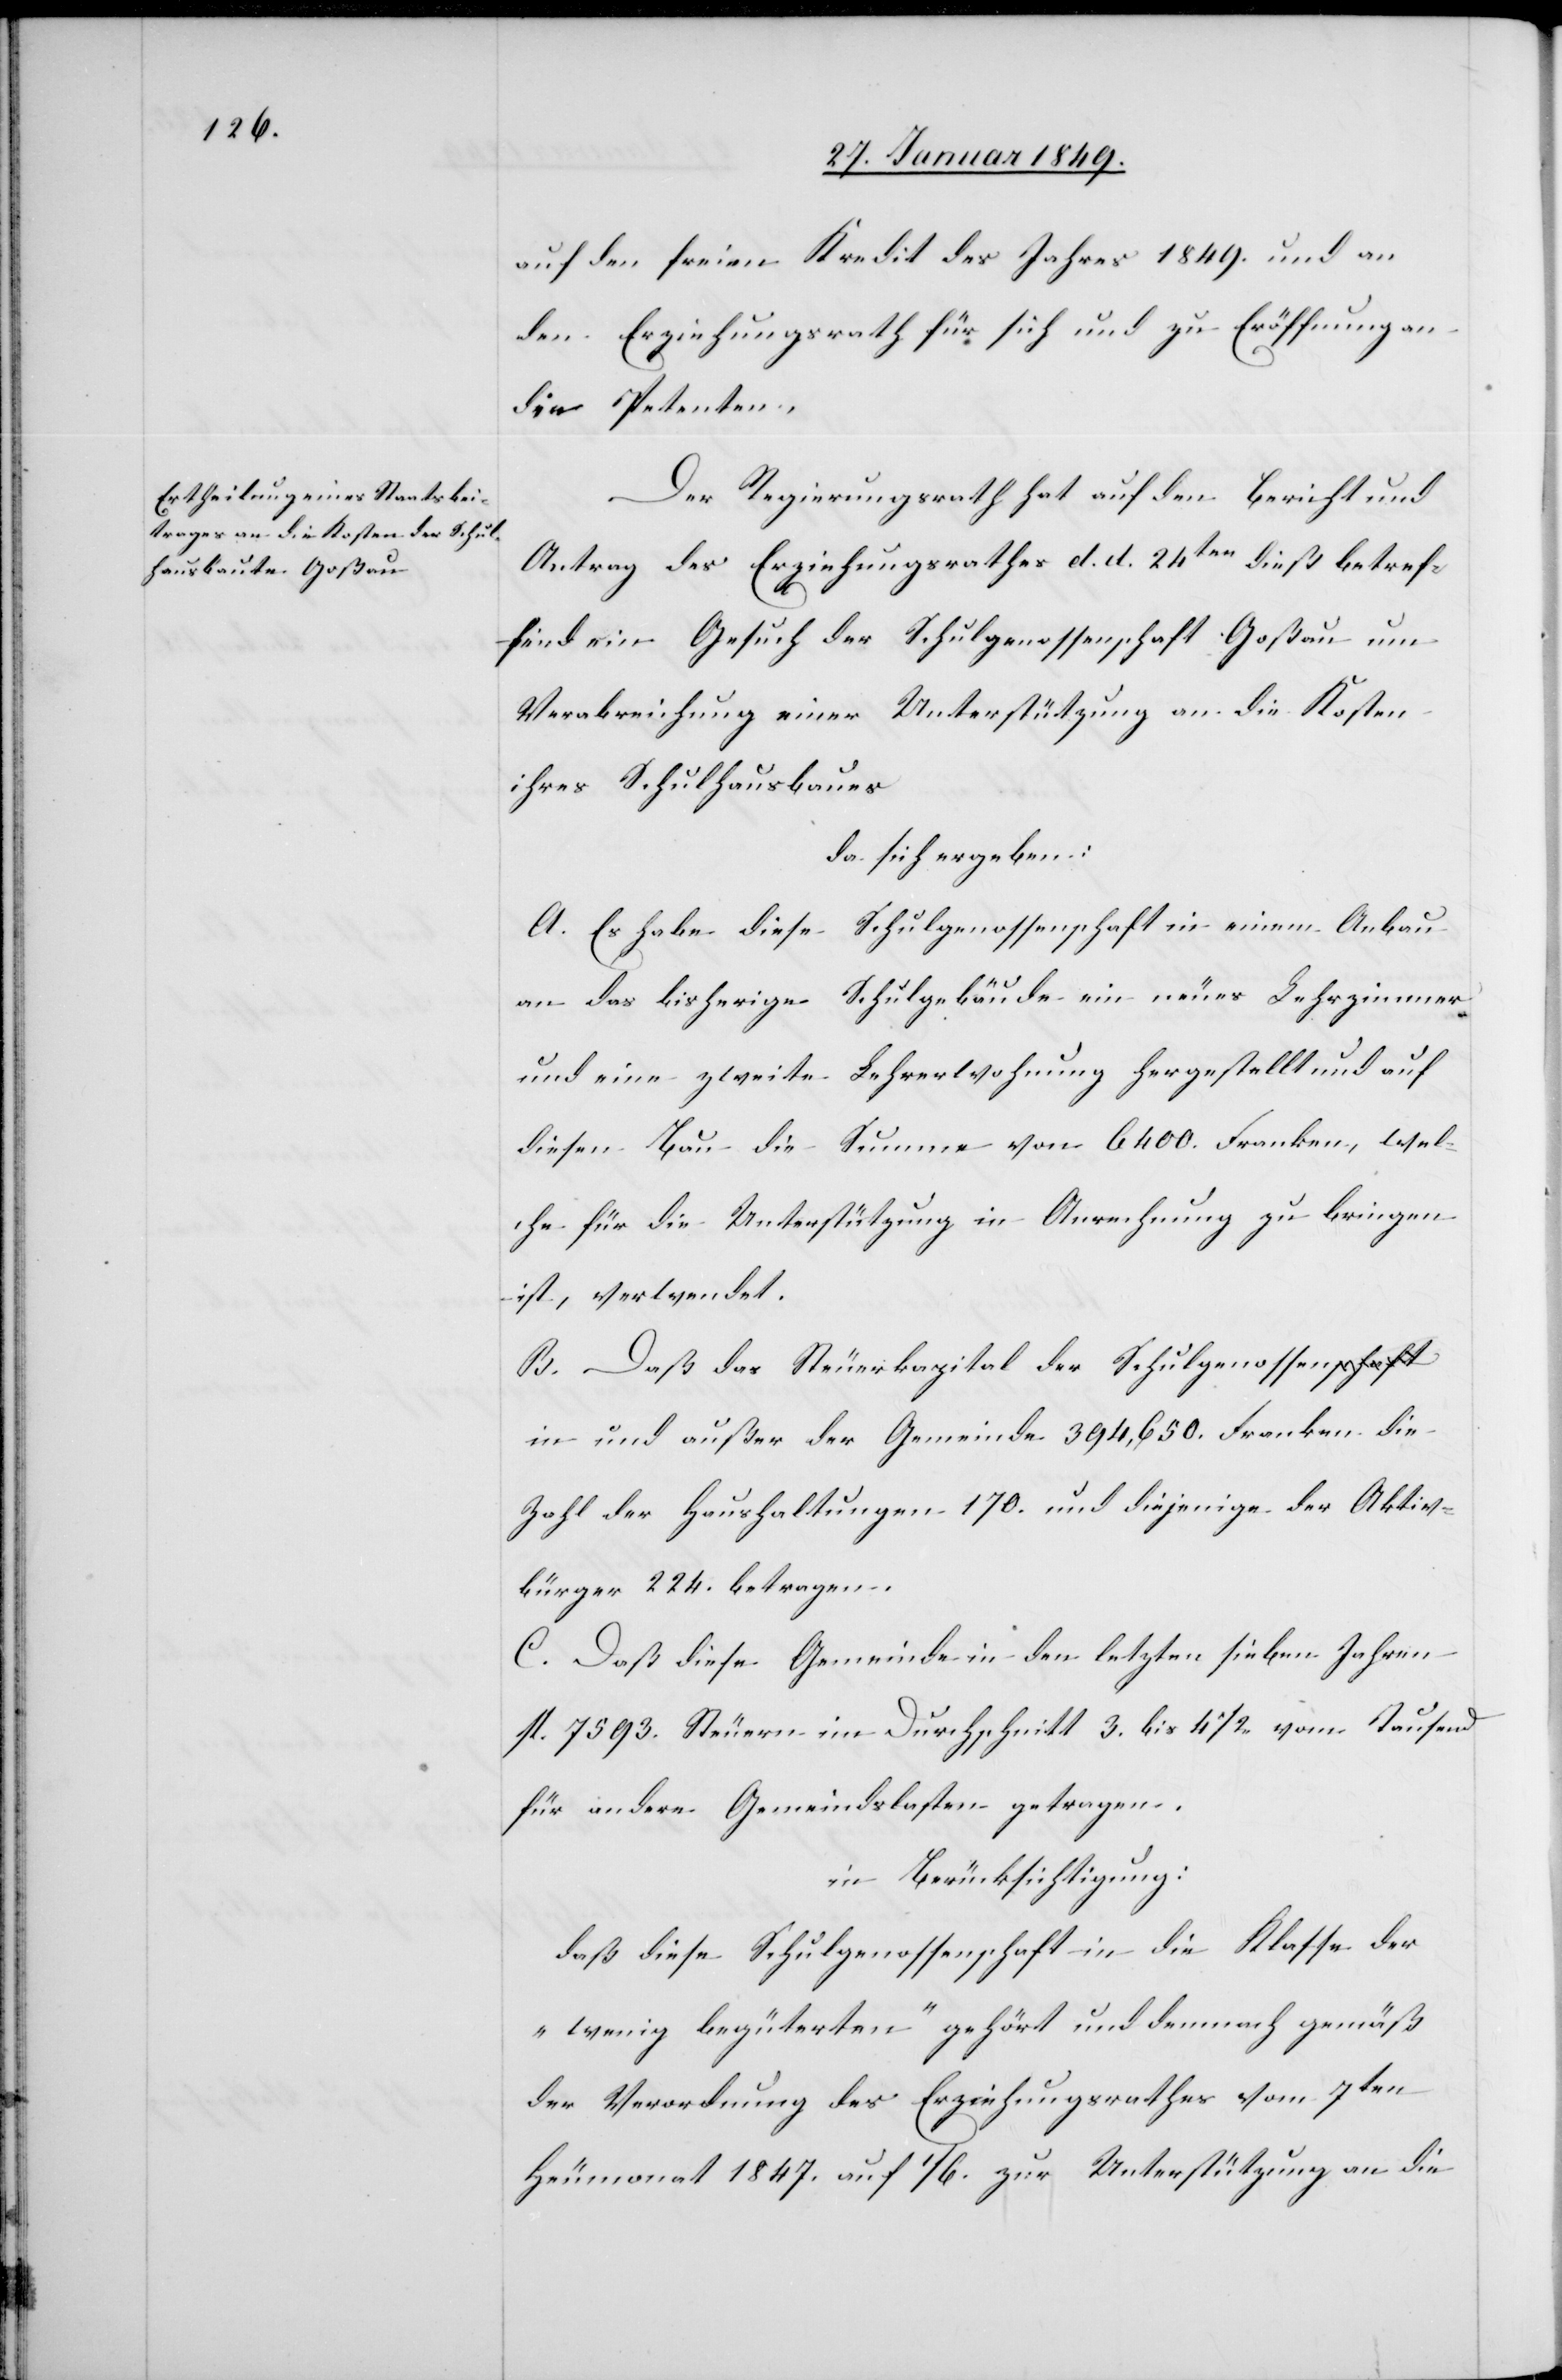
auf den freien Kredit des Jahres 1849. und an
den Erziehungsrath für sich und zu Eröffnung an
die Petenten.
Der Regierungsrath hat auf den Bericht und
Antrag des Erziehungsrathes d. d. 24ten dieß betref¬
fend ein Gesuch der Schulgenossenschaft Goßau um
Verabreichung einer Unterstützung an die Kosten
ihres Schulhausbaues
da sich ergeben:
A. Es habe diese Schulgenossenschaft in einem Anbau
an das bisherige Schulgebäude ein neues Lehrerzimmer
und eine zweite Lehrerwohnung hergestellt und auf
diesen Bau die Summe von 6400. Franken, wel¬
che für die Unterstützung in Anrechnung zu bringen
ist, verwendet.
B. Daß das Steuerkapital der Schulgenossen
in und außer der Gemeinde 394,650 Franken die
Zahl der Haushaltungen 170. und diejenige der Aktiv¬
bürger 224. betragen.
C. Daß diese Gemeinde in den letzten sieben Jahren
fl. 7593. Steuern im Durchschnitt 3. bis 4 1/2 vom Tausend
für andere Gemeindslasten getragen.
in Berücksichtigung:
daß diese Schulgenossenschaft in die Klasse der
„wenig begüterten“ gehört und demnach gemäß
der Verordnung des Erziehungsrathes vom 7ten
Heumonat 1847. auf 1/6 . zur Unterstützung an die